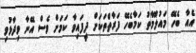
އެއާ ބެހޭ މައުލޫމާތު ކަމާބެހޭ ފަރާތްތަކަށް ދީފައިވާ ކަމަށް ވެސް އޭނާ ވިދާޅުވި